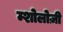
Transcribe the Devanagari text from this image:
म्शोलोज़ी